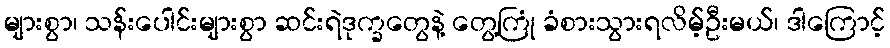
များစွာ၊ သန်းပေါင်းများစွာ ဆင်းရဲဒုက္ခတွေနဲ့ တွေ့ကြုံ ခံစားသွားရလိမ့်ဦးမယ်၊ ဒါကြောင့်